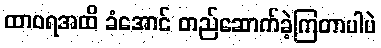
ထာဝရအထိ ခံအောင် တည်ဆောက်ခဲ့ကြတာပါပဲ